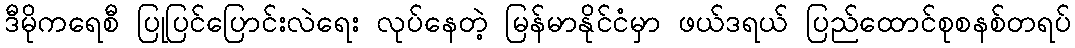
ဒီမိုကရေစီ ပြုပြင်ပြောင်းလဲရေး လုပ်နေတဲ့ မြန်မာနိုင်ငံမှာ ဖယ်ဒရယ် ပြည်ထောင်စုစနစ်တရပ်